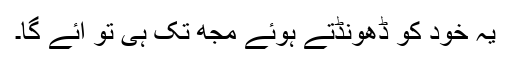
یہ خود کو ڈھونڈتے ہوئے مجھ تک ہی تو آئے گا۔